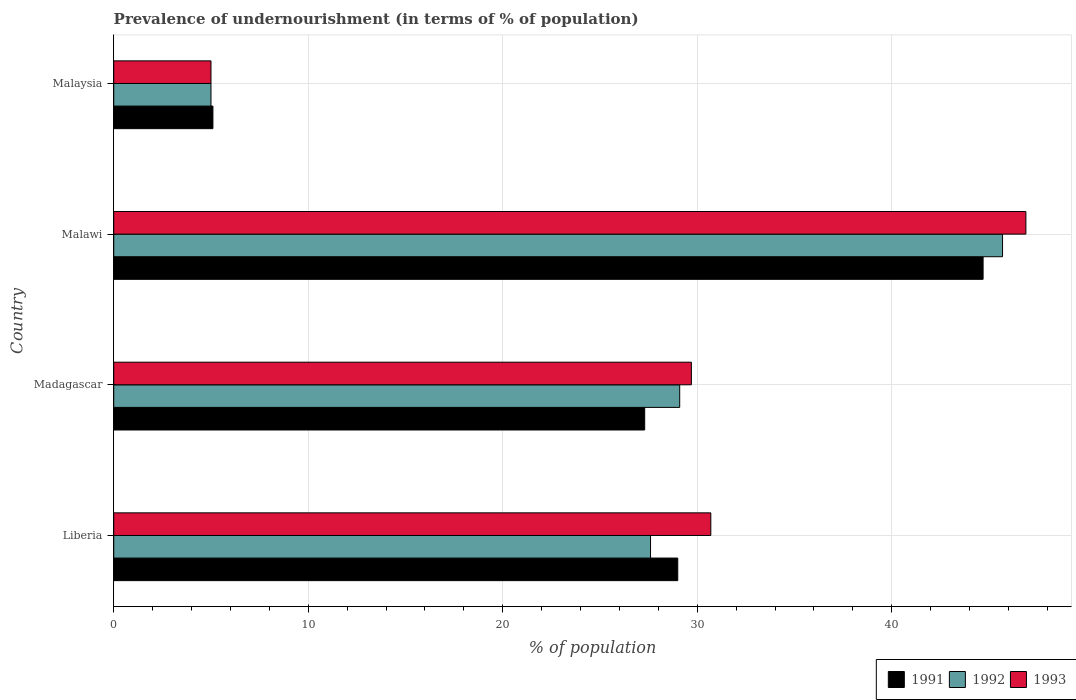
| Country | 1991 | 1992 | 1993 |
 | --- | --- | --- | --- |
 | Liberia | 29 | 27.6 | 30.7 |
 | Madagascar | 27.3 | 29.1 | 29.7 |
 | Malawi | 44.7 | 45.7 | 46.9 |
 | Malaysia | 5.1 | 5 | 5 |